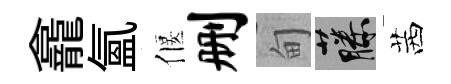
龕氳偃删甸藤茜